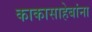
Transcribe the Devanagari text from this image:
काकासाहेबांना